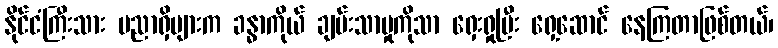
နိုင်ငံကြီးသား ပညာရှိများက ခန္ဓာကိုယ် ချမ်းသာမှုကိုသာ ရှေးရှုပြီး ရှေ့ဆောင် နေကြတာဖြစ်တယ်၊